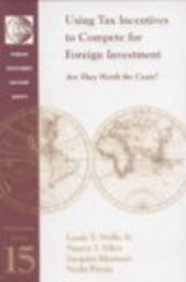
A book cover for Using Tax Incentives to Compete for Foreign Investment: Are They Worth the Costs? (FIAS Occasional Papers); Louis T. Wells; Law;